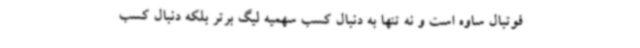
فوتبال ساوه است و نه تنها به دنبال کسب سهمیه لیگ برتر بلکه دنبال کسب